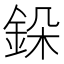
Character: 䤪